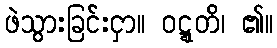
ဖဲသွားခြင်းငှာ။ ဝဋ္ဋတိ၊ ၏။